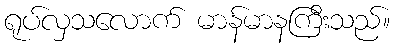
ရုပ်လှသလောက် မာန်မာနကြီးသည်။